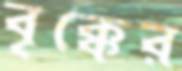
বৃক্কের